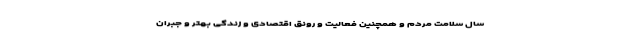
سال سلامت مردم و همچنین فعالیت و رونق اقتصادی و زندگی بهتر و جبران